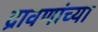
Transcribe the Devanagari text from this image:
द्रावणांच्या